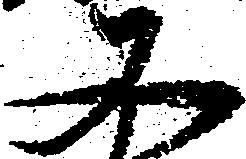
又